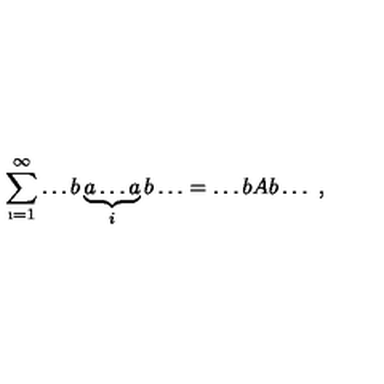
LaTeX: \sum _ { \i = 1 } ^ { \infty } \dots b \underbrace { a \dots a } _ { i } b \dots = \dots b A b \dots \ ,